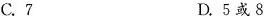
C.7 D.5或8